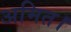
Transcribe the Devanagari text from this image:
अमित।